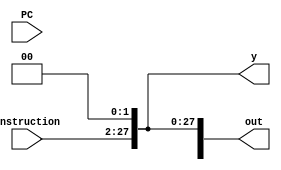
module ShiftLeftTwoJump(
    input wire [25:0] Instruction,
    input wire [3:0] PC,
    output wire [31:0] out,
    output wire [27:0] y
);

    assign y = {{2'b00}, Instruction} << 2;
    assign out = {PC, y};

endmodule